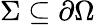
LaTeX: \Sigma\subseteq\partial\Omega